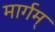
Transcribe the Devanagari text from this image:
मार्गम्‌